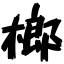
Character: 榔